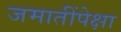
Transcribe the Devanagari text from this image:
जमातींपेक्षा